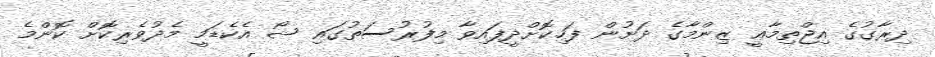
ދިރާގުގެ އިޖްތިމާޢީ ޒިންމާގެ ދަށުން ފަހިކޮށްދީފައިވާ މިފުރުސަތުގައި ޝޯ އެކެޑަމީ މެދުވެރިކޮށް ކޮންމެ